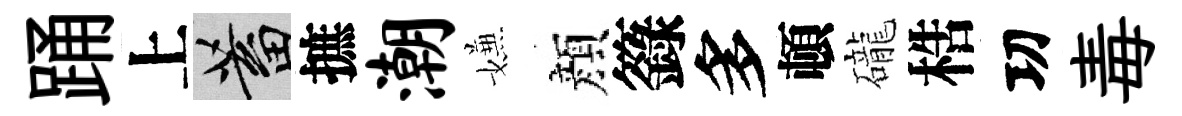
踊上蓄摭潮嫌顔籙多頓礲梏㓛毒